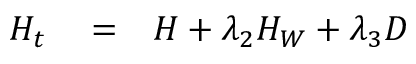
\begin{array} { r l r } { H _ { t } } & { { } = } & { H + \lambda _ { 2 } H _ { W } + \lambda _ { 3 } D } \end{array}